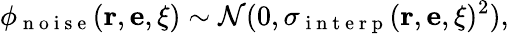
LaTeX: \phi_{\mathrm{~n~o~i~s~e~}}(\mathbf{r},\mathbf{e},\mathbf{\xi})\sim\mathcal{N}(0,\sigma_{\mathrm{~i~n~t~e~r~p~}}(\mathbf{r},\mathbf{e},\mathbf{\xi})^{2}),